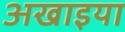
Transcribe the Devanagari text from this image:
अखाइया